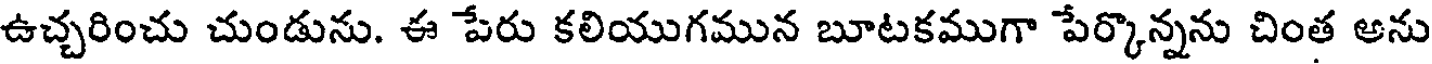
ఉచ్చరించు చుండును. ఈ పేరు కలియుగమున బూటకముగా పేర్కొన్నను చింత అను